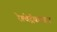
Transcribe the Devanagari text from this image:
रेल्वेट्रॅकवरुन